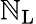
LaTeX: \mathbb{N}_{\mathrm{{L}}}